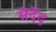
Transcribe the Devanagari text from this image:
सेर्देद